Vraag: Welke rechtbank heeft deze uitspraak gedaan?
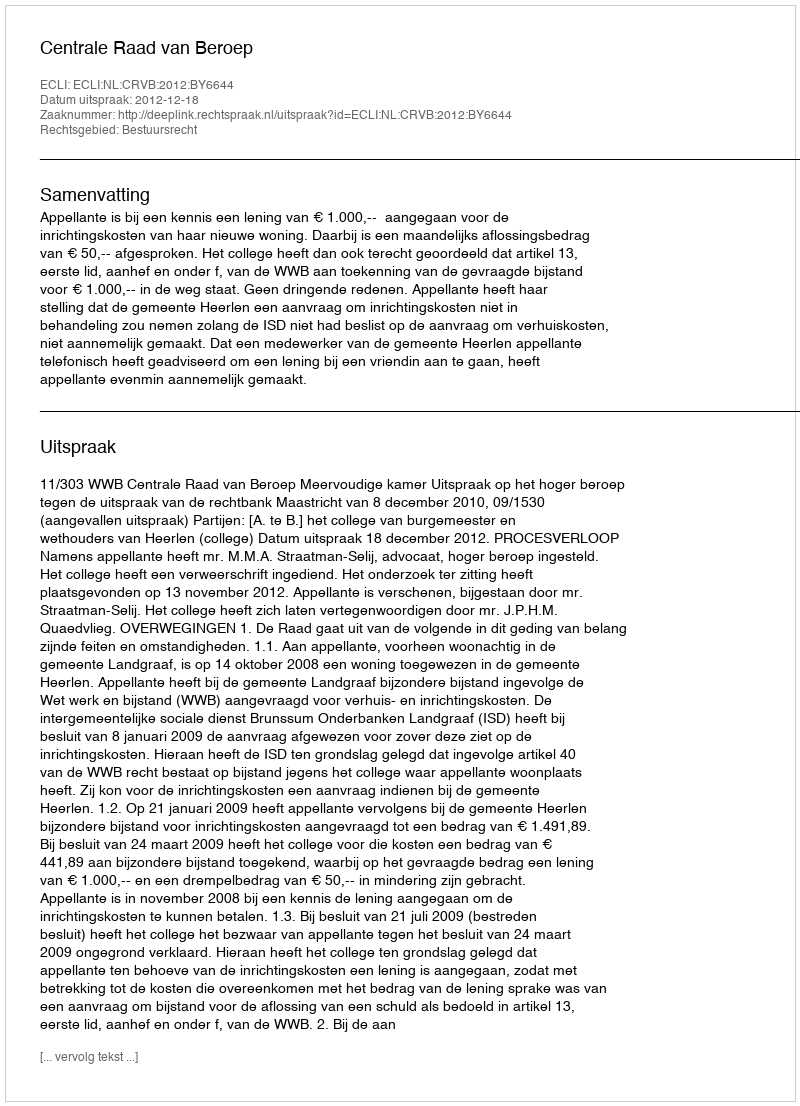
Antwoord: Centrale Raad van Beroep